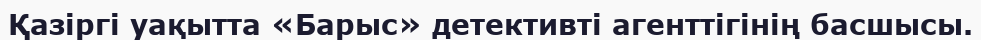
Қазіргі уақытта «Барыс» детективті агенттігінің басшысы.